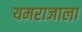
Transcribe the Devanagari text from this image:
यमराजाला